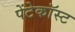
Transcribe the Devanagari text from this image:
पेंटेकॉस्ट